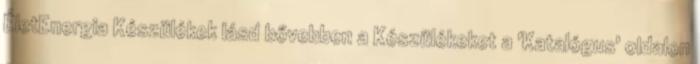
ÉletEnergia Készülékek lásd bővebben a Készülékeket a 'Katalógus' oldalon